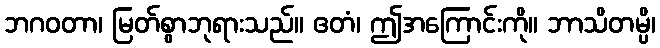
ဘဂဝတာ၊ မြတ်စွာဘုရားသည်။ ဧတံ၊ ဤအကြောင်းကို။ ဘာသိတမ္ပိ၊